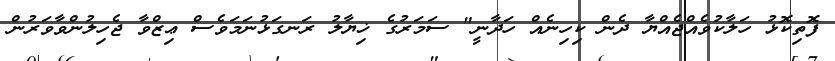
ފޮތިކޮޅު ހަލާކުވެއްޖެއްޔާ ދެން ކިހިނެއް ހަދާނީ" ސަމަރުގެ ޚިޔާލު ރަނގަޅުނަމަވެސް ޢިޒްވާ ޖެހިލުންވާވަރުން